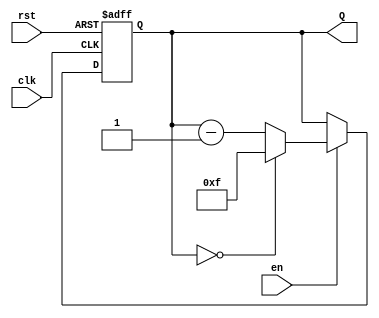
module down_counter (
    input wire clk,         // Clock signal
    input wire rst,         // Asynchronous reset
    input wire en,          // Enable signal
    output reg [3:0] Q      // 4-bit output count
);

    // Maximum count value for a 4-bit counter
    parameter MAX_COUNT = 4'b1111;

    // Sequential logic block for the down counter
    always @(posedge clk or posedge rst) begin
        if (rst) begin
            // Reset counter to MAX_COUNT
            Q <= MAX_COUNT;
        end else if (en) begin
            // Decrement counter if enabled
            if (Q == 4'b0000) begin
                Q <= MAX_COUNT; // Wrap around to MAX_COUNT when reaching zero
            end else begin
                Q <= Q - 1; // Decrement the counter
            end
        end
        // If enable is low, Q retains its value
    end

endmodule